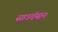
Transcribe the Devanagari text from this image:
साउदॅम्प्टन